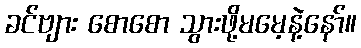
ခင်ဗျား စောစော သွားဖို့မမေ့နဲ့နော်။